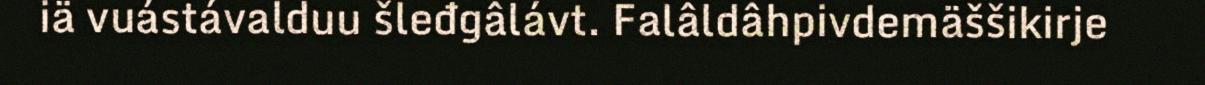
iä vuástávalduu šleđgâlávt. Falâldâhpivdemäššikirje